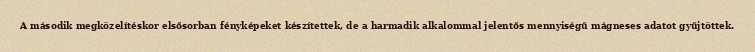
A második megközelítéskor elsősorban fényképeket készítettek, de a harmadik alkalommal jelentős mennyiségű mágneses adatot gyűjtöttek.